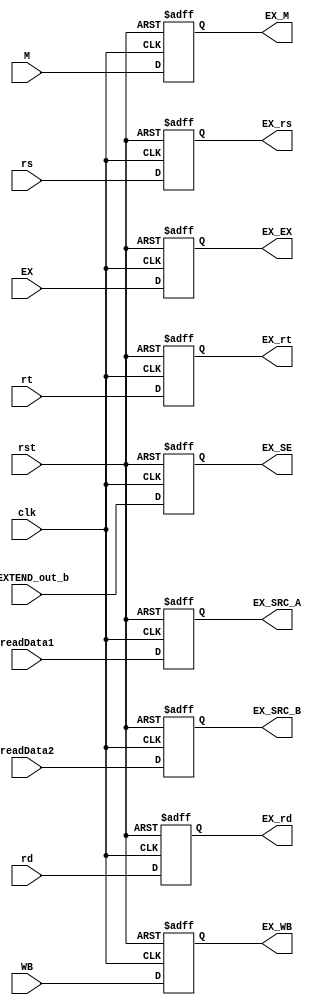
`timescale 1ns/1ns

module ID_EX (input clk, rst, input [1:0] WB, M, input [4:0] EX, input [31:0] readData1, readData2,
              S_EXTEND_out_b, input [4:0] rs, rt, rd, output reg [1:0] EX_WB, EX_M, output reg [4:0] EX_EX,
              output reg [31:0] EX_SRC_A, EX_SRC_B, EX_SE, output reg [4:0] EX_rs, EX_rt, EX_rd);
  always @(posedge clk, posedge rst) begin
    if (rst) begin
      {EX_WB, EX_M, EX_EX} <= 9'b0;
      {EX_SRC_A, EX_SRC_B, EX_SE} <= 96'b0;
      {EX_rs, EX_rt, EX_rd} <= 15'b0;
    end
    else begin
    {EX_WB, EX_M, EX_EX} <= {WB, M, EX};
    {EX_SRC_A, EX_SRC_B, EX_SE} <= {readData1, readData2, S_EXTEND_out_b};
    {EX_rs, EX_rt, EX_rd} <= {rs, rt, rd};
    end
  end

endmodule